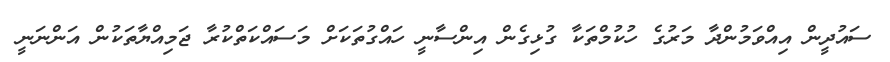
ސައުދީން އިއްވަމުންދާ މަރުގެ ހުކުމްތަކާ ގުޅިގެން އިންސާނީ ހައްގުތަކަށް މަސައްކަތްކުރާ ޖަމިއްޔާތަކުން އަންނަނީ